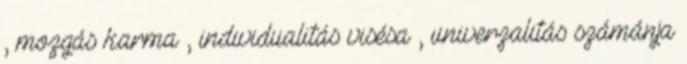
, mozgás karma , individualitás visésa , univerzalitás számánja